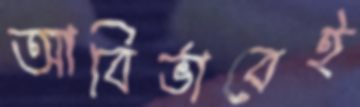
আবির্ভাবেই